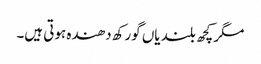
مگر کچھ بلندیاں گورکھ دھندہ ہوتی ہیں۔